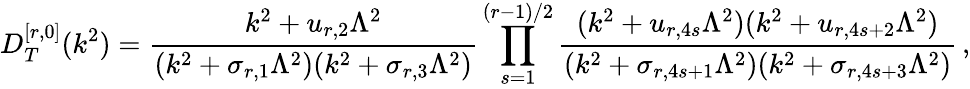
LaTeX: D_{T}^{[r,0]}(k^{2})=\frac{k^{2}+u_{r,2}\Lambda^{2}}{(k^{2}+\sigma_{r,1}\Lambda^{2})(k^{2}+\sigma_{r,3}\Lambda^{2})}\prod_{s=1}^{(r-1)/2}\frac{(k^{2}+u_{r,4s}\Lambda^{2})(k^{2}+u_{r,4s+2}\Lambda^{2})}{(k^{2}+\sigma_{r,4s+1}\Lambda^{2})(k^{2}+\sigma_{r,4s+3}\Lambda^{2})}\, ,